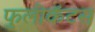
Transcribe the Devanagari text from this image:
फुलीकॅटस